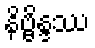
နိဗ္ဗိန္ဒဿ